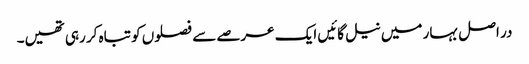
در اصل بہار میں نیل گائیں ایک عرصے سے فصلوں کو تباہ کر رہی تھیں۔